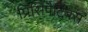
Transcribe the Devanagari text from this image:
प्रिसिपैटिबस